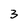
Character: 3